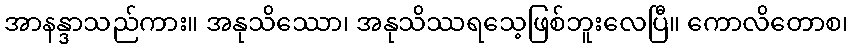
အာနန္ဒာသည်ကား။ အနုသိဿော၊ အနုသိဿရသေ့ဖြစ်ဘူးလေပြီ။ ကောလိတောစ၊